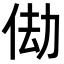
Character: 𬾆